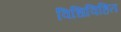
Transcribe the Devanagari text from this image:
विधिविहित